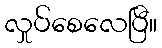
လှုပ်စေလေပြီ။